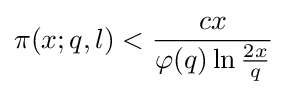
\pi (x;q,l)<{\frac {cx}{\varphi (q)\ln {\frac {2x}{q}}}}